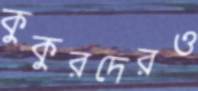
কুকুরদেরও